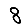
Digit: 8